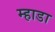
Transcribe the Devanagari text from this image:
म्हाडा